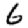
Digit: 6